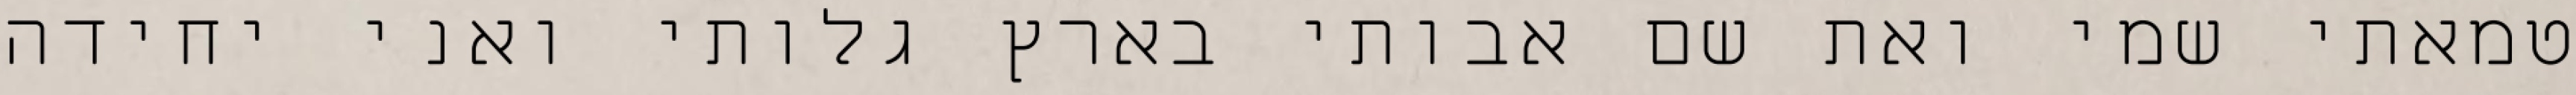
טמאתי שמי ואת שם אבותי בארץ גלותי ואני יחידה